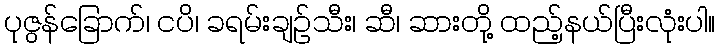
ပုဇွန်ခြောက်၊ ငပိ၊ ခရမ်းချဉ်သီး၊ ဆီ၊ ဆားတို့ ထည့်နယ်ပြီးလုံးပါ။